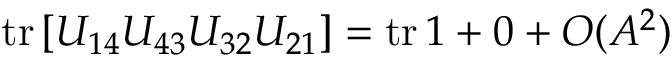
\mathrm { t r } \left[ U _ { 1 4 } U _ { 4 3 } U _ { 3 2 } U _ { 2 1 } \right] = \mathrm { t r } \, 1 + 0 + O ( A ^ { 2 } )